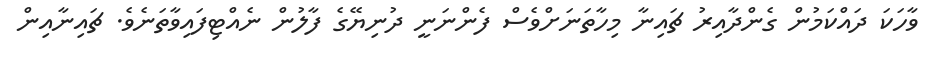
ވާހަކަ ދައްކަމުން ގެންދާއިރު ޗައިނާ މިހާތަނަށްވެސް ފެންނަނީ ދުނިޔޭގެ ފާލުން ނެއްޓިފައިވާތަނެވެ. ޗައިނާއިން